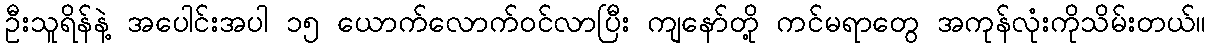
ဦးသူရိန်နဲ့ အပေါင်းအပါ ၁၅ ယောက်လောက်ဝင်လာပြီး ကျနော်တို့ ကင်မရာတွေ အကုန်လုံးကိုသိမ်းတယ်။